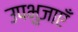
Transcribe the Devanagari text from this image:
उपभुजाएँ